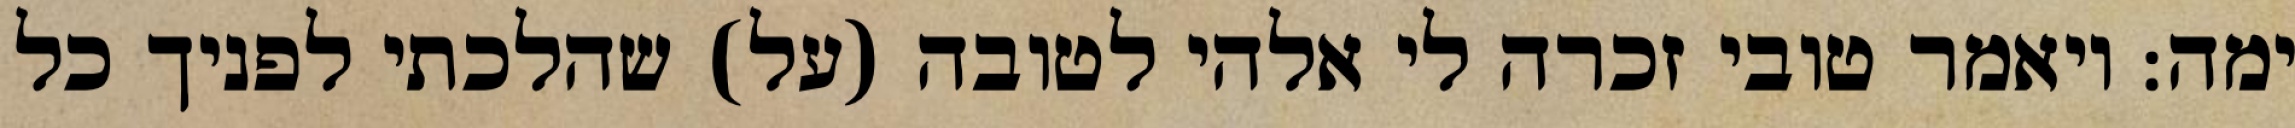
ימה: ויאמר טובי זכרה לי אלהי לטובה (על) שהלכתי לפניך כל